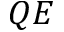
Q E